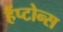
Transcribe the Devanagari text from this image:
हैंप्टोन्स